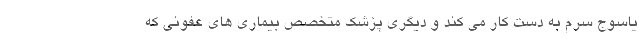
یاسوج سرم به دست کار می کند و دیگری پزشک متخصص بیماری های عفونی که